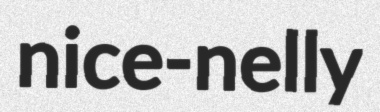
nice-nelly